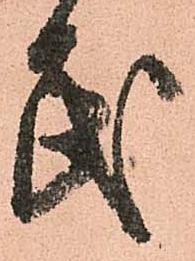
民